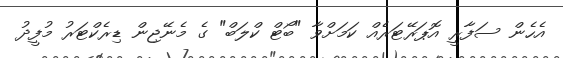
އެހެން ސަފާރީ އޮޕަރޭޓަރެއް ކަމަށްވާ "ބޯޓް ކްލަބް" ގެ މެނޭޖިން ޑިރެކްޓަރު މުފީދު